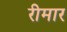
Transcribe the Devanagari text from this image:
रीमार